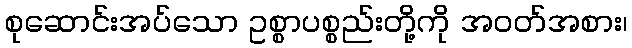
စုဆောင်းအပ်သော ဥစ္စာပစ္စည်းတို့ကို အဝတ်အစား၊